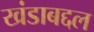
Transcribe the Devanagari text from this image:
खंडाबद्दल